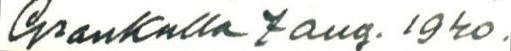
Grankulla 7 aug. 1940.